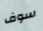
سوف